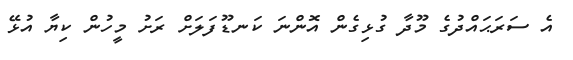
އެ ސަރަޙައްދުގެ މޫދާ ގުޅިގެން އޮންނަ ކަނޑޫފަލަށް ރަށު މީހުން ކިޔާ އުޅޭ